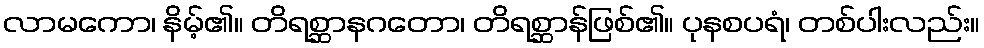
လာမကော၊ နိမ့်၏။ တိရစ္ဆာနဂတော၊ တိရစ္ဆာန်ဖြစ်၏။ ပုနစပရံ၊ တစ်ပါးလည်း။